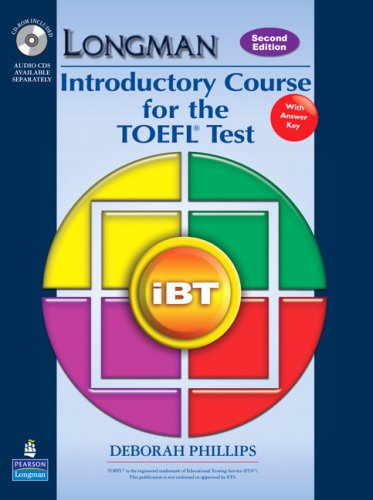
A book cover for Longman Introductory Course for the TOEFL Test: iBT (Student Book with CD-ROM and Answer Key) (Requires Audio CDs) (2nd Edition); Deborah Phillips; Test Preparation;